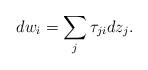
LaTeX: \begin{align*} dw_i =\sum_j \tau_{ji}dz_j.\end{align*}